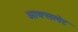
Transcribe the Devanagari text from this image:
आक्सलेट